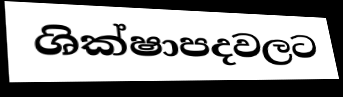
ශික්ෂාපදවලට